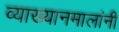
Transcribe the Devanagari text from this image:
व्याख्यानमालांनी